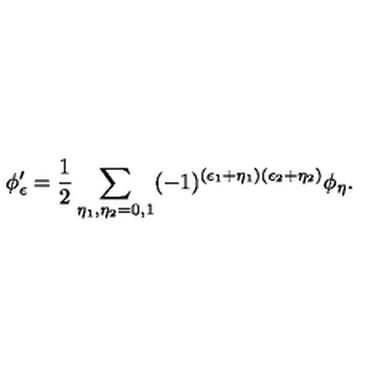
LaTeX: \phi _ { \epsilon } ^ { \prime } = \frac { 1 } { 2 } \sum _ { \eta _ { 1 } , \eta _ { 2 } = 0 , 1 } ( - 1 ) ^ { ( \epsilon _ { 1 } + \eta _ { 1 } ) ( \epsilon _ { 2 } + \eta _ { 2 } ) } \phi _ { \eta } .